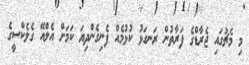
މި މެޗުގައި ޖެރާޑްގެ ފަރާތުން ރަނގަޅު ކުޅުމެއް ފެނިގެންދިޔަ ކަމަށް އެލްއޭ ގެލެކްސީގެ